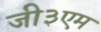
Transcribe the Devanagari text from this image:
जी३एम